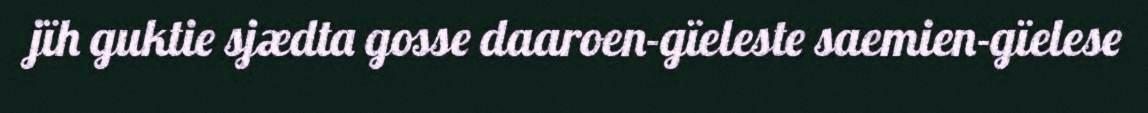
jïh guktie sjædta gosse daaroen-gïeleste saemien-gïelese